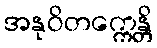
အနုဝိတက္ကေန္တိ